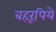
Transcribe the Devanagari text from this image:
बहरूपिये